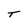
Character: T